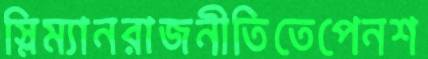
স্লিম্যানরাজনীতিতেপেনশ